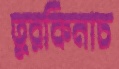
তুরকিনাচ